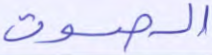
الصوت